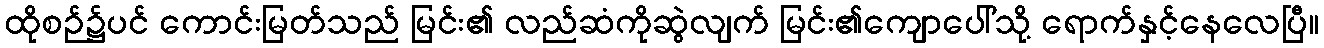
ထိုစဉ်၌ပင် ကောင်းမြတ်သည် မြင်း၏ လည်ဆံကိုဆွဲလျက် မြင်း၏ကျောပေါ်သို့ ရောက်နှင့်နေလေပြီ။